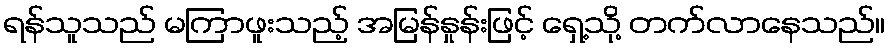
ရန်သူသည် မကြာဖူးသည့် အမြန်နှုန်းဖြင့် ရှေ့သို့ တက်လာနေသည်။